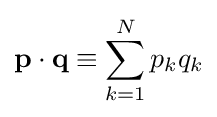
\mathbf {p} \cdot \mathbf {q} \equiv \sum _{k=1}^{N}p_{k}q_{k}